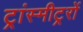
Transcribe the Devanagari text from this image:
ट्रांस्मीट्ररों